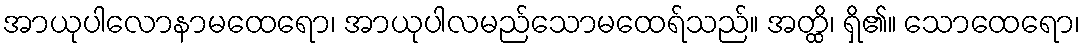
အာယုပါလောနာမထေရော၊ အာယုပါလမည်သောမထေရ်သည်။ အတ္ထိ၊ ရှိ၏။ သောထေရော၊